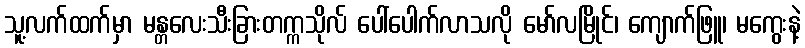
သူ့လက်ထက်မှာ မန္တလေးသီးခြားတက္ကသိုလ် ပေါ်ပေါက်လာသလို မော်လမြိုင်၊ ကျောက်ဖြူ၊ မကွေးနဲ့